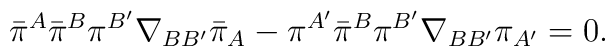
\bar{\pi}{}^A\bar{\pi}^B\pi^{B'}\nabla_{BB'}\bar{\pi}_A -\pi^{A'}\bar{\pi}^B\pi^{B'}\nabla_{BB'}\pi_{A'} = 0.